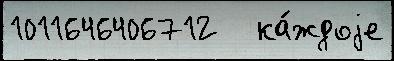
1011646406712   ка́ждоjе